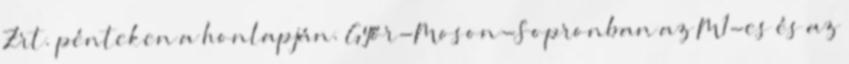
Zrt. pénteken a honlapján. Győr-Moson-Sopronban az M1-es és az